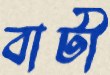
বাটী